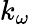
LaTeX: k_{\omega}